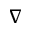
\nabla